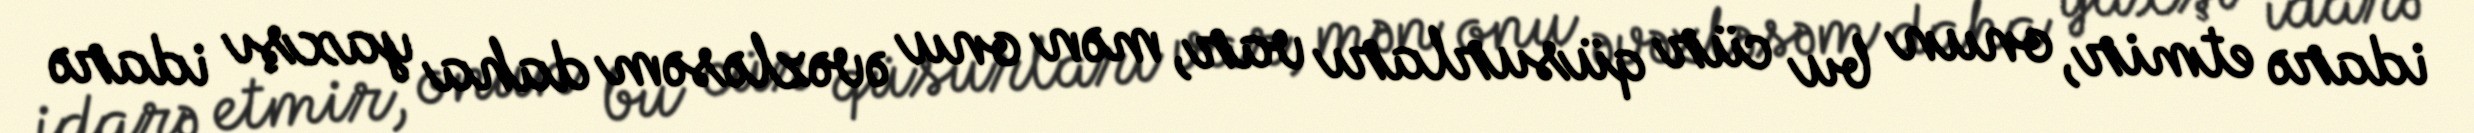
idarə etmir, onun bu cür qüsurları var, mən onu əvəzləsəm daha yaxşı idarə